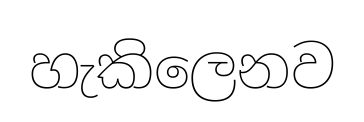
හැකිලෙනව